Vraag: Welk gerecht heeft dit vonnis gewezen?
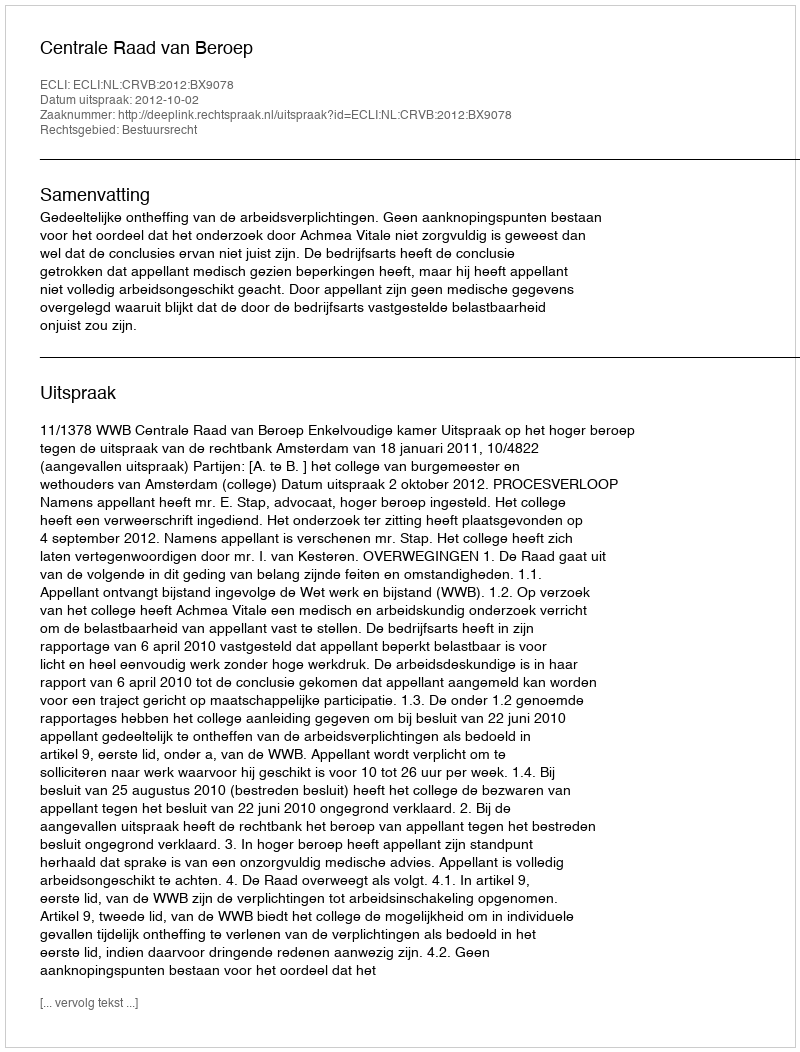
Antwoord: Centrale Raad van Beroep